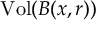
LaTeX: { \mathrm { V o l } } ( B ( x , r ) )